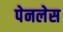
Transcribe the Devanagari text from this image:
पेनलेस